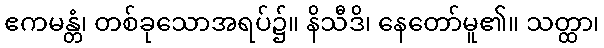
ဧကမန္တံ၊ တစ်ခုသောအရပ်၌။ နိသီဒိ၊ နေတော်မူ၏။ သတ္ထာ၊